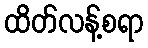
ထိတ်လန့်စရာ